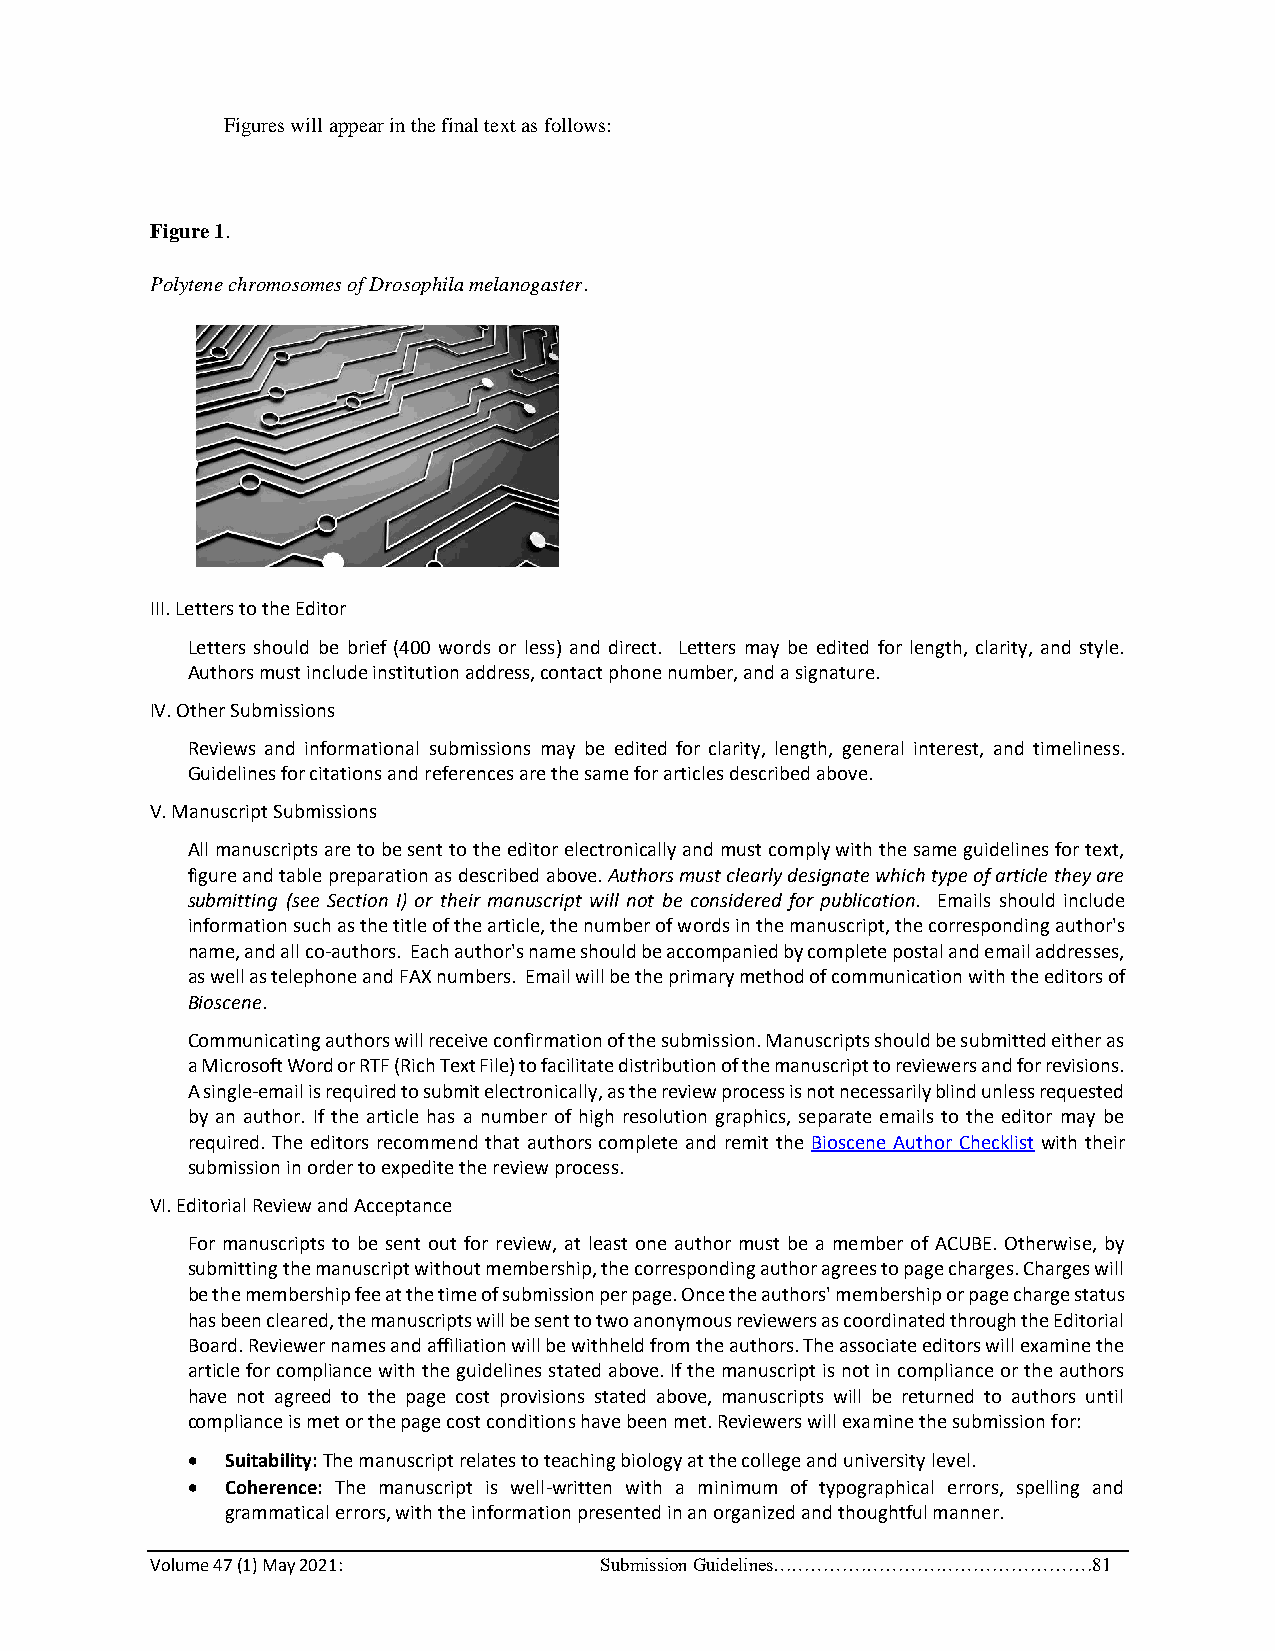
Figures will appear in the final text as follows:
 Figure 1.
 Polytene chromosomes of Drosophila melanogaster.
 III. Letters to the Editor
 Letters should be brief (400 words or less) and direct. Letters may be edited for length, clarity, and style.
 Authors must include institution address, contact phone number, and a signature.
 IV. Other Submissions
 Reviews and informational submissions may be edited for clarity, length, general interest, and timeliness.
 Guidelines for citations and references are the same for articles described above.
 V. Manuscript Submissions
 All manuscripts are to be sent to the editor electronically and must comply with the same guidelines for text,
 figure and table preparation as described above. Authors must clearly designate which type of article they are
 submitting (see Section I) or their manuscript will not be considered for publication. Emails should include
 information such as the title of the article, the number of words in the manuscript, the corresponding author's
 name, and all co-authors. Each author's name should be accompanied by complete postal and email addresses,
 as well as telephone and FAX numbers. Email will be the primary method of communication with the editors of
 Bioscene.
 Communicating authors will receive confirmation of the submission. Manuscripts should be submitted either as
 a Microsoft Word or RTF (Rich Text File) to facilitate distribution of the manuscript to reviewers and for revisions.
 A single-email is required to submit electronically, as the review process is not necessarily blind unless requested
 by an author. If the article has a number of high resolution graphics, separate emails to the editor may be
 required. The editors recommend that authors complete and remit the Bioscene Author Checklist with their
 submission in order to expedite the review process.
 VI. Editorial Review and Acceptance
 For manuscripts to be sent out for review, at least one author must be a member of ACUBE. Otherwise, by
 submitting the manuscript without membership, the corresponding author agrees to page charges. Charges will
 be the membership fee at the time of submission per page. Once the authors' membership or page charge status
 has been cleared, the manuscripts will be sent to two anonymous reviewers as coordinated through the Editorial
 Board. Reviewer names and affiliation will be withheld from the authors. The associate editors will examine the
 article for compliance with the guidelines stated above. If the manuscript is not in compliance or the authors
 have not agreed to the page cost provisions stated above, manuscripts will be returned to authors until
 compliance is met or the page cost conditions have been met. Reviewers will examine the submission for:
 •  Suitability: The manuscript relates to teaching biology at the college and university level.
 •  Coherence: The manuscript is well-written with a minimum of typographical errors, spelling and
 grammatical errors, with the information presented in an organized and thoughtful manner.
 Volume 47 (1) May 2021:       Submission Guidelines……………………………………………81